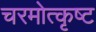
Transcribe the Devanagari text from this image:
चरमोत्कृष्ट